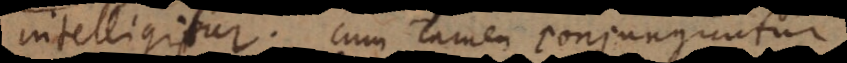
intelligitur; cum tamen conjunguntur,